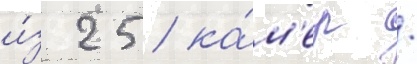
и́з 25 ка́м'ер /